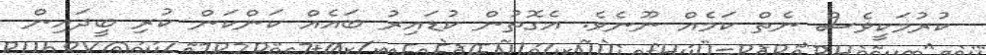
ކުރުމަކީވެސް ނެތް ކަމެއް ނޫނެވެ. އެގޮތުން ކުޑައިރު ބައެއް ކަންކަން ކުރި ބީދައިން